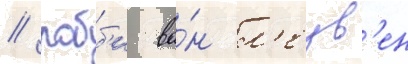
/ робб'и ва́н л'еув'ен